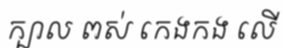
ក្បាល ពស់ កេងកង លើ